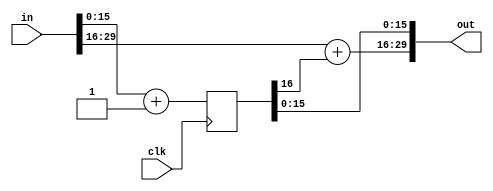
module wb_dma_inc30r(clk, in, out);
input		clk;
input	[29:0]	in;
output	[29:0]	out;

// INC30_CENTER indicates the center bit of the 30 bit incrementor
// so it can be easily manually optimized for best performance
parameter	INC30_CENTER = 16;

reg	[INC30_CENTER:0]	out_r;

always @(posedge clk)
	out_r <= #1 in[(INC30_CENTER - 1):0] + 1;

assign out[29:INC30_CENTER] = in[29:INC30_CENTER] + out_r[INC30_CENTER];
assign out[(INC30_CENTER - 1):0]  = out_r;

endmodule